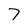
Character: 7